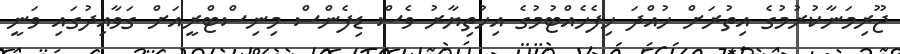
ޖޫރިމަނާކުރުމުގެ އިތުރަށް ހުއްދަ ހިފެހެއްޓުމުގެ އިޚުތިޔާރު ވެސް ޑިފެންސް މިނިސްޓްރީއަށް ގަވާއިދުގައި ވަނީ